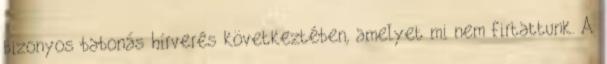
bizonyos babonás hírverés következtében, amelyet mi nem firtattunk. A